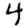
Digit: 4